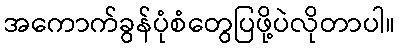
အကောက်ခွန်ပုံစံတွေပြဖို့ပဲလိုတာပါ။